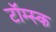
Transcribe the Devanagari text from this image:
टॉम्स्क